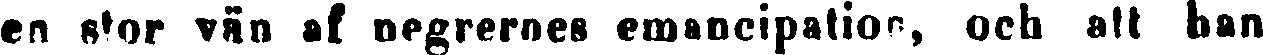
en stor vän af negrernes emancipation, och att han